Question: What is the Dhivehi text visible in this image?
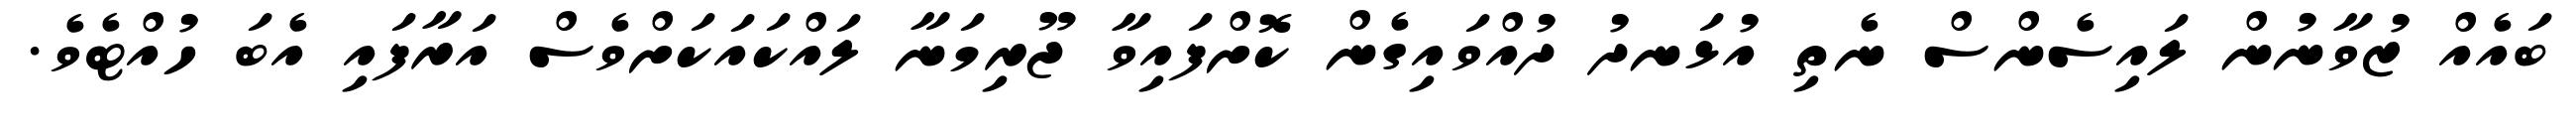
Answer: ބައެއް ޒުވާނުން ލައިސެންސް ނެތި އުޅަނދު ދުއްވައިގެން ކޮށްފައިވާ ޖޫރިމަނާ ލައްކައަކަށްވެސް އަރާފައި އެބަ ހުއްޓެވެ.